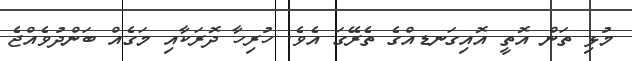
މުޅި ތަން އޮތީ އޮއިގަނޑއްގެ ތެރޭގަ އެވެ. ހުރިހާ ދޮރަކާއި މަގެއް ބަންދުވެއްޖެ